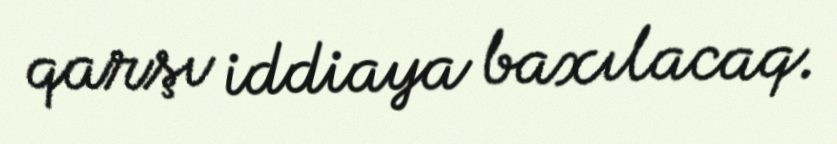
qarşı iddiaya baxılacaq.